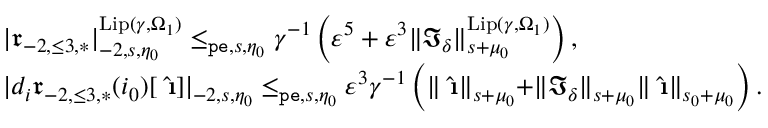
\begin{array} { r l } & { | \mathfrak { r } _ { - 2 , \le 3 , * } | _ { - 2 , s , \eta _ { 0 } } ^ { \mathrm { L i p } ( \gamma , \Omega _ { 1 } ) } \le _ { \mathtt { p e } , s , \eta _ { 0 } } \gamma ^ { - 1 } \left( \varepsilon ^ { 5 } + \varepsilon ^ { 3 } \rVert \mathfrak { I } _ { \delta } \rVert _ { s + \mu _ { 0 } } ^ { \mathrm { L i p } ( \gamma , \Omega _ { 1 } ) } \right) , } \\ & { | d _ { i } \mathfrak { r } _ { - 2 , \le 3 , * } ( i _ { 0 } ) [ \hat { \textbf { \i } } ] | _ { - 2 , s , \eta _ { 0 } } \le _ { \mathtt { p e } , s , \eta _ { 0 } } \varepsilon ^ { 3 } \gamma ^ { - 1 } \left( \rVert \hat { \textbf { \i } } \rVert _ { s + \mu _ { 0 } } + \rVert \mathfrak { I } _ { \delta } \rVert _ { s + \mu _ { 0 } } \rVert \hat { \textbf { \i } } \rVert _ { s _ { 0 } + \mu _ { 0 } } \right) . } \end{array}